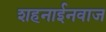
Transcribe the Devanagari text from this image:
शहनाईनवाज